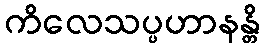
ကိလေသပ္ပဟာနန္တိ